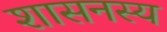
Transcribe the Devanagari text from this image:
शासनस्य